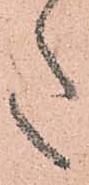
た